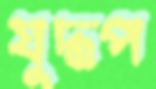
যুদ্ধপ